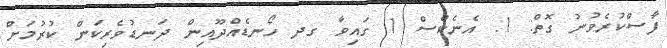
ފާސްކުރެވުނު ގޮތް: 1. އެނެކްސް 1 ގައިވާ ގދ ހޯނޑެއްދޫއިން ދަނޑުވެރިކަން ކުރުމަށް